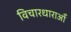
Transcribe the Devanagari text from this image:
विचारधाराओँ